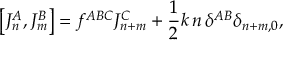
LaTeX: \left[ J _ { n } ^ { A } , J _ { m } ^ { B } \right] = f ^ { A B C } J _ { n + m } ^ { C } + \frac { 1 } { 2 } k \, n \, \delta ^ { A B } \delta _ { n + m , 0 } ,